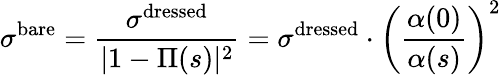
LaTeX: \sigma^{\mathrm{bare}}=\frac{\sigma^{\mathrm{dressed}}}{|1-\Pi(s)|^{2}}=\sigma^{\mathrm{dressed}}\cdot\left(\frac{\alpha(0)}{\alpha(s)}\right)^{2}